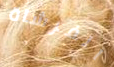
الفرشاة